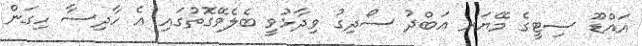
އައްޑޫ ސިޓީގެ މޭޔަރ އަބްދު ސޯދިގު ވިދާޅުވީ ބެލެވޭގޮތުގައި އެ ހާދިސާ ހިގަން